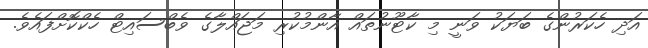
އަދި ހެކަރުންގެ ބަޔަކު ވަނީ މި ކާޓޫނުތައް އާންމުކުރި މަޖައްލާގެ ވެބްސައިޓް ހެކްކޮށްފައެވެ.